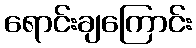
ရောင်းချကြောင်း